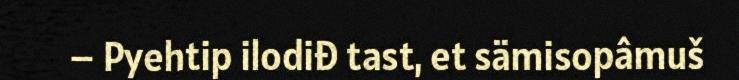
– Pyehtip ilodiđ tast, et sämisopâmuš